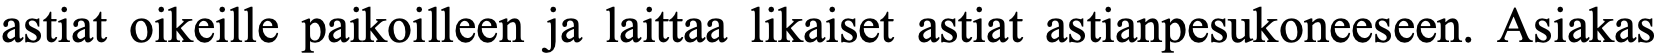
astiat oikeille paikoilleen ja laittaa likaiset astiat astianpesukoneeseen. Asiakas